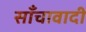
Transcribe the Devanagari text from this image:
साँचावादी